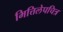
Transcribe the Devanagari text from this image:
भित्तिलेपचित्र